Civil Veterinary Department Bengal reports 1933-51 - 1933-1951
Year: 1933
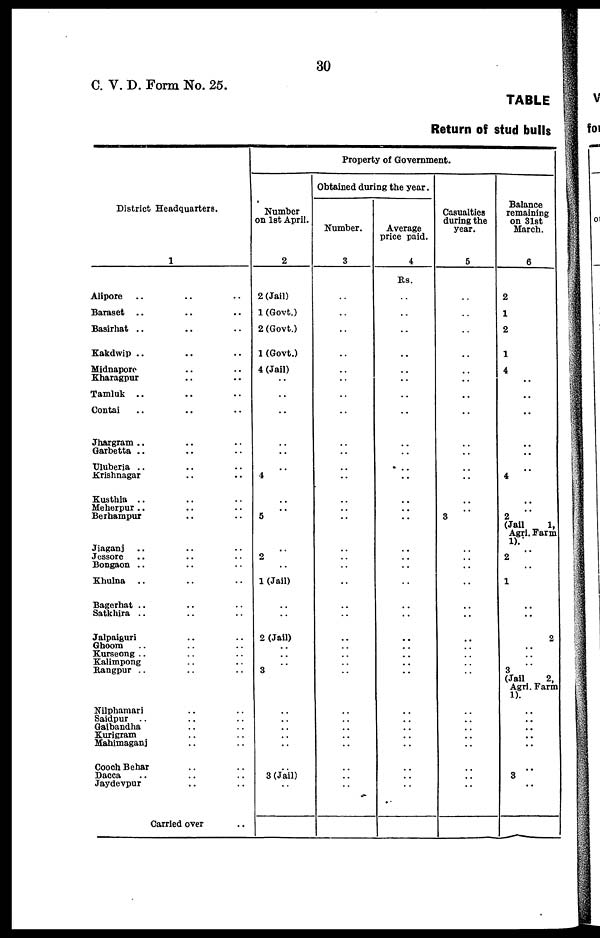
30
C. V. D. Form No. 25.
TABLE
Return of stud bulls
District Headquarters.
1
Alipore .. .. ..
Baraset .. .. ..
Basirhat .. .. ..
Kakdwip .. .. ..
Midnapore
Kharagpur .. .. ..
Tamluk .. .. ..
Contai .. .. ..
Jhargram .. .. ..
Garbetta .. .. ..
Uluberia .. .. ..
Krishnagar .. ..
Kusthia .. .. ..
Meherpur .. .. ..
Berhampur .. .. ..
Jiaganj .. .. ..
Jessore .. .. ..
Bongaon .. .. ..
Khulna .. .. ..
Bagerhat .. .. ..
Satkhira .. .. ..
Jalpaiguri .. ..
Ghoom .. .. ..
Kurseong .. .. ..
Kalimpong .. ..
Rangpur .. .. ..
Nilphamari .. ..
Saidpur .. .. ..
Gaibandha .. .. ..
Kurigram .. ..
Mahimaganj .. ..
Cooch Behar .. ..
Dacca .. .. ..
Jaydevpur .. ..
Carried over ..
Property of Government.
Number
on 1st April.
2
2 (Jail)
1 (Govt.)
2 (Govt.)
1 (Govt.)
4 (Jail)
..
..
..
..
..
..
4
..
..
5
..
2
..
1 (Jail)
..
..
2 (Jail)
..
..
..
3
..
..
..
..
..
..
..
..
3 (Jail)
..
Obtained during the year.
Number.
3
..
..
..
..
..
..
..
..
..
..
..
..
..
..
..
..
..
..
..
..
..
..
..
..
..
..
..
..
..
..
..
..
..
..
..
..
Average
price paid.
4
Rs.
..
..
..
..
..
..
..
..
..
..
..
..
..
..
..
..
..
..
..
..
..
..
..
..
..
..
..
..
..
..
..
..
..
..
..
..
Casualties
during the
year.
5
..
..
..
..
..
..
..
..
..
..
..
..
..
..
3
..
..
..
..
..
..
..
..
..
..
..
..
..
..
..
..
..
..
..
..
..
Balance
remaining
on 31st
March.
6
2
1
2
1
4
..
..
..
..
..
..
4
..
..
2
(Jail
1,
Agri. Farm
1).
..
2
..
1
..
..
2
..
..
..
3
(Jail
2,
Agri. Farm
1).
..
..
..
..
..
..
3
..